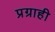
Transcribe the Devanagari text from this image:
प्रग्राही